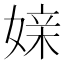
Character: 媇